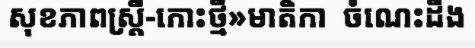
សុខភាពស្ត្រី-កោះថ្មី»មាតិកា  ចំណេះដឹង